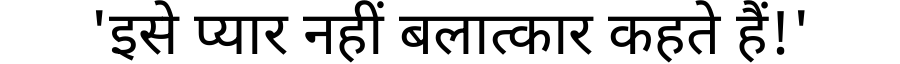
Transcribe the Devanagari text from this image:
'इसे प्यार नहीं बलात्कार कहते हैं!'